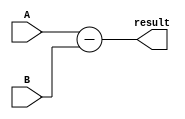
module subtractor(input [7:0] A, B,
                  output reg [7:0] result);

  assign result = A - B;

endmodule